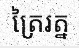
ត្រៃរត្ន